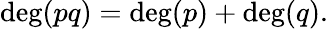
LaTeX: \deg(pq)=\deg(p)+\deg(q).